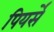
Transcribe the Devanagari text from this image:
पियर्सें